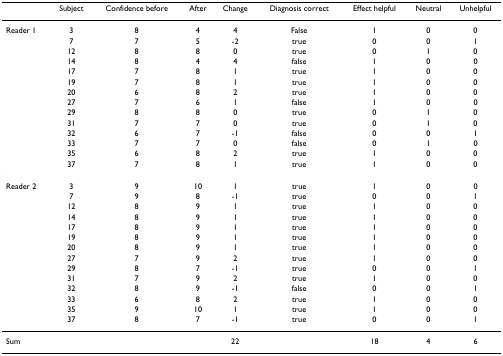
|  | Subject | Confidence before | After | Change | Diagnosis correct | Effect helpful | Neutral | Unhelpful |
 | --- | --- | --- | --- | --- | --- | --- | --- | --- |
 | Reader 1 | 3 | 8 | 4 | 4 | False | 1 | 0 | 0 |
 |  | 7 | 7 | 5 | -2 | true | 0 | 0 | 1 |
 |  | 12 | 8 | 8 | 0 | true | 0 | 1 | 0 |
 |  | 14 | 8 | 4 | 4 | false | 1 | 0 | 0 |
 |  | 17 | 7 | 8 | 1 | true | 1 | 0 | 0 |
 |  | 19 | 7 | 8 | 1 | true | 1 | 0 | 0 |
 |  | 20 | 6 | 8 | 2 | true | 1 | 0 | 0 |
 |  | 27 | 7 | 6 | 1 | false | 1 | 0 | 0 |
 |  | 29 | 8 | 8 | 0 | true | 0 | 1 | 0 |
 |  | 31 | 7 | 7 | 0 | true | 0 | 1 | 0 |
 |  | 32 | 6 | 7 | -1 | false | 0 | 0 | 1 |
 |  | 33 | 7 | 7 | 0 | false | 0 | 1 | 0 |
 |  | 35 | 6 | 8 | 2 | true | 1 | 0 | 0 |
 |  | 37 | 7 | 8 | 1 | true | 1 | 0 | 0 |
 | Reader 2 | 3 | 9 | 10 | 1 | true | 1 | 0 | 0 |
 |  | 7 | 9 | 8 | -1 | true | 0 | 0 | 1 |
 |  | 12 | 8 | 9 | 1 | true | 1 | 0 | 0 |
 |  | 14 | 8 | 9 | 1 | true | 1 | 0 | 0 |
 |  | 17 | 8 | 9 | 1 | true | 1 | 0 | 0 |
 |  | 19 | 8 | 9 | 1 | true | 1 | 0 | 0 |
 |  | 20 | 8 | 9 | 1 | true | 1 | 0 | 0 |
 |  | 27 | 7 | 9 | 2 | true | 1 | 0 | 0 |
 |  | 29 | 8 | 7 | -1 | true | 0 | 0 | 1 |
 |  | 31 | 7 | 9 | 2 | true | 1 | 0 | 0 |
 |  | 32 | 8 | 9 | -1 | false | 0 | 0 | 1 |
 |  | 33 | 6 | 8 | 2 | true | 1 | 0 | 0 |
 |  | 35 | 9 | 10 | 1 | true | 1 | 0 | 0 |
 |  | 37 | 8 | 7 | -1 | true | 0 | 0 | 1 |
 | Sum |  |  |  | 22 |  | 18 | 4 | 6 |